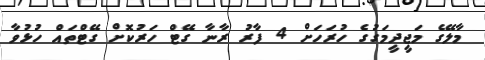
މާލޭގެ މަޖީދީމަގުގެ ހުރަހަށް 4 ފާރު ރާނާ ގޭޓް ހަރުކޮށް ގޭޓްތައް ހުޅުވާ